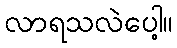
လာရသလဲပေါ့။